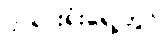
တရားရုံးရှေ့တွင်